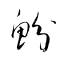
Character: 魵